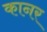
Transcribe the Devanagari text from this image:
कानर